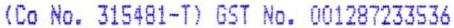
(CO NO. 315481-T) GST NO. 001287233536